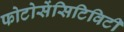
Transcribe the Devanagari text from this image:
फोटोसेंसिटिविटी